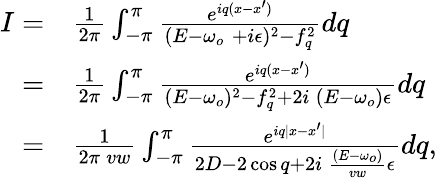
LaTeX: \begin{array}{rl}{I=}&{{}\frac{1}{2\pi}\int_{-\pi}^{\pi}\frac{e^{iq(x-x^{\prime})}}{(E-\omega_{o}\; +i\epsilon)^{2}-f_{q}^{2}}dq}\\ {=}&{{}\frac{1}{2\pi}\int_{-\pi}^{\pi}\frac{e^{iq(x-x^{\prime})}}{(E-\omega_{o})^{2}-f_{q}^{2}+2i\: (E-\omega_{o})\epsilon}dq}\\ {=}&{{}\frac{1}{2\pi\: vw}\int_{-\pi}^{\pi}\frac{e^{iq|x-x^{\prime}|}}{2D-2\cos q+2i\: \frac{(E-\omega_{o})}{vw}\epsilon}dq,}\end{array}